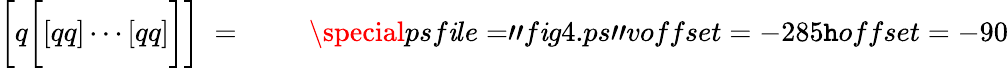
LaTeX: \biggl[q\biggl[[qq]\cdots[qq]\biggr]\biggr]\; =\; \left.\qquad\right.\special{psf\mathit{i}le="f\mathit{i}g4.ps"voffset=-285\mathtt{h}offset=-90}